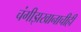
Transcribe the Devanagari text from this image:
चंगीझखानाचीही